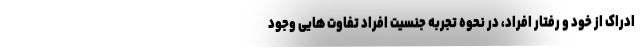
ادراک از خود و رفتار افراد، در نحوه تجربه جنسیت افراد تفاوت هایی وجود